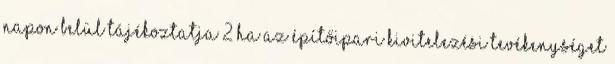
napon belül tájékoztatja 2 Ha az építőipari kivitelezési tevékenységet